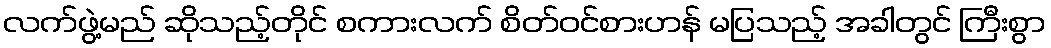
လက်ဖွဲ့မည် ဆိုသည့်တိုင် စကားလက် စိတ်ဝင်စားဟန် မပြသည့် အခါတွင် ကြီးစွာ